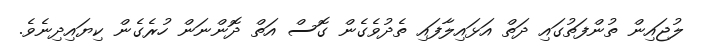
ލުޖައިން ތުންފަތުގައި ދަތް އަޅައިލާފައި ތެދުވެގެން ގޮސް އަތް ދޮންނަން ހުރެގެން ކިޔައިދިނެވެ.